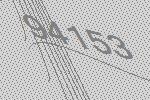
94153